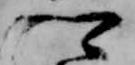
卿